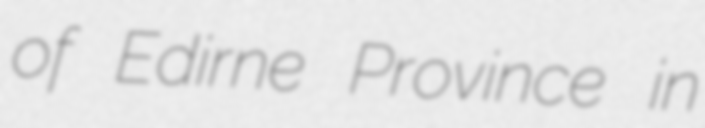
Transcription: of Edirne Province in